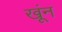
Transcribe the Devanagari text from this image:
खूंन